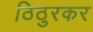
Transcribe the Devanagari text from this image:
ठिठुरकर